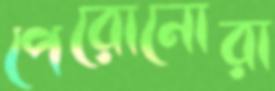
পেরোনোরা